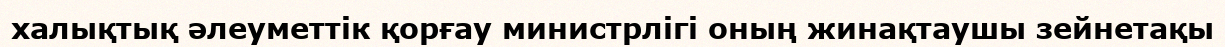
халықтық әлеуметтік қорғау министрлігі оның жинақтаушы зейнетақы